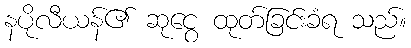
နပိုလီယန်၏ ဆုငွေ ထုတ်ခြင်းခံရ သည်။